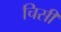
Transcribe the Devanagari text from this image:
चिसी